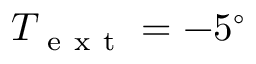
T _ { \mathrm { ~ e ~ x ~ t ~ } } = - 5 ^ { \circ }